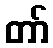
တာ်